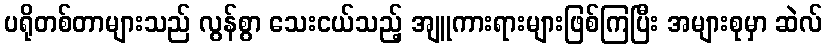
ပရိုတစ်တာများသည် လွန်စွာ သေးငယ်သည့် အျူကားရားများဖြစ်ကြပြီး အများစုမှာ ဆဲလ်